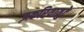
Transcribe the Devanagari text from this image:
ज़करियायुटे